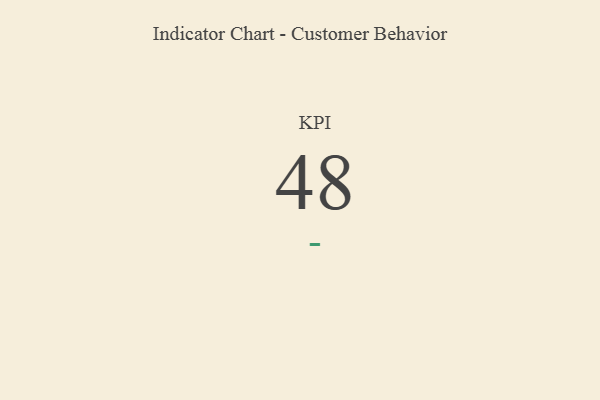
{"axis": {"x": "KPI", "y": "Value"}, "legend": [""], "data": [{"x": "KPI", "y": 48, "type": ""}]}